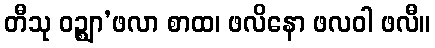
တီသု ဝဉ္စျာ’ဖလာ စာထ၊ ဖလိနော ဖလဝါ ဖလီ။